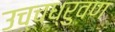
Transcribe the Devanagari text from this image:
उच्चध्रुवण